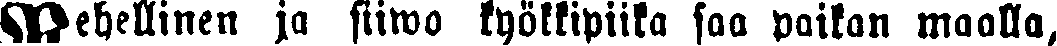
Rehellinen ja siiwo kyökkipiika saa paikan maalla,